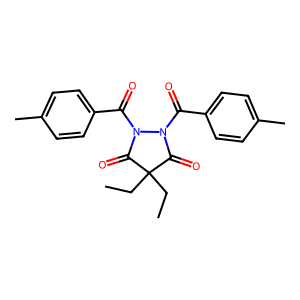
SMILES: CCC1(CC)C(=O)N(C(=O)c2ccc(C)cc2)N(C(=O)c2ccc(C)cc2)C1=O
Inhibits HIV replication: No